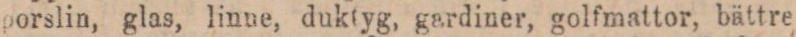
porslin, glas, linne, duktyg, gardiner, golfmattor, bättre